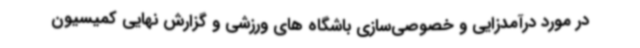
در مورد درآمدزایی و خصوصی‌سازی باشگاه های ورزشی و گزارش نهایی کمیسیون